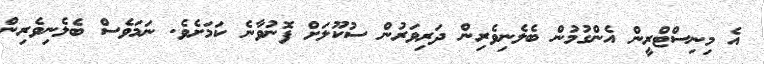
އެ މިނިސްޓްރީން އެންގުމުން ބެލެނިވެރިން ދަރިވަރުން ސުކޫލަށް ފޮނުވާނެ ކަމަށެވެ. ނަމަވެސް ބެލެނިވެރިން